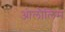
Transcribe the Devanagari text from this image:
ओलौलिम